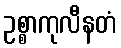
ဥစ္စာကုလီနတံ